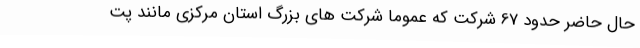
حال حاضر حدود 67 شرکت که عموما شرکت های بزرگ استان مرکزی مانند پت